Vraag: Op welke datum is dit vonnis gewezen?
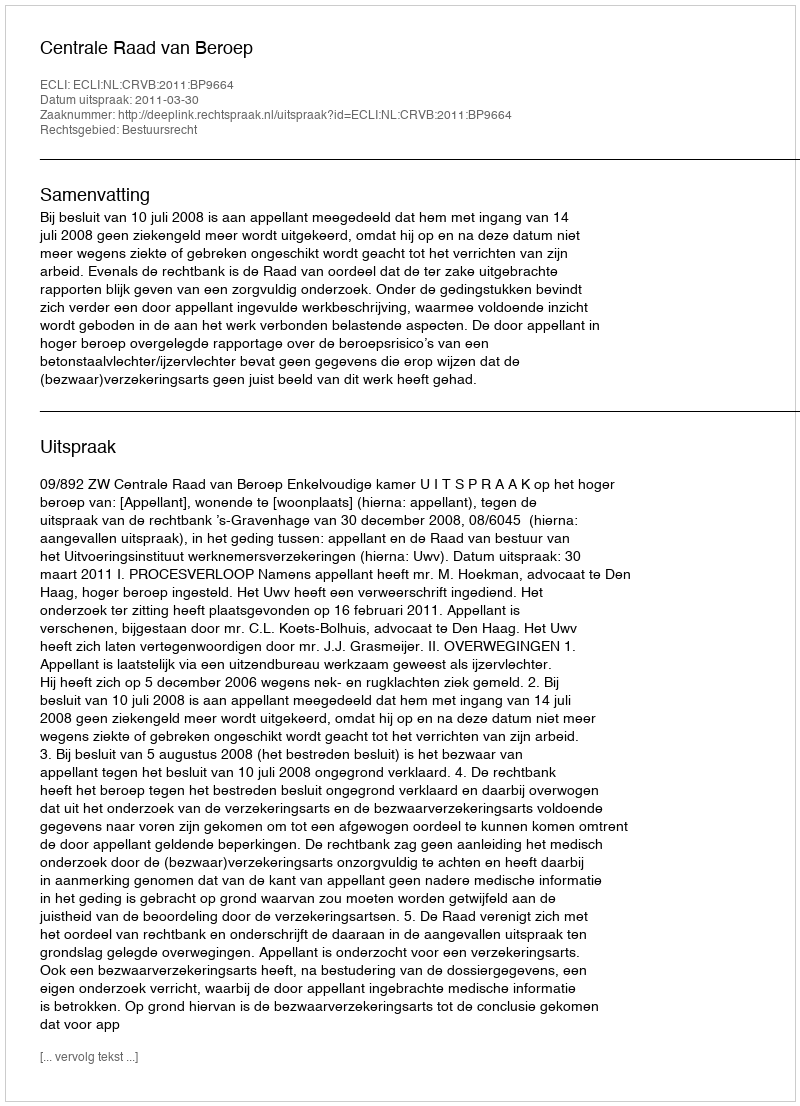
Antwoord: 2011-03-30